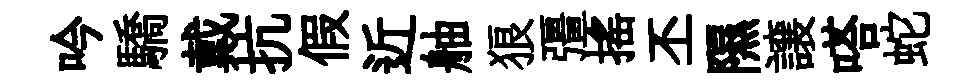
吟驕戴抗假近舳狼彊摇丕隰譲嗒蛇